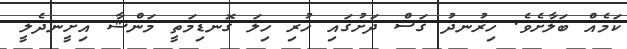
ކަމެއް ބަލާށެވެ. ހިރުނދު ގަސް ދަށުގައި ހުރި ހިލަ ގޮނޑިމަތީ މަންޝާ އިށީނދެލީ